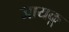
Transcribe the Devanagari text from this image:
जायकू